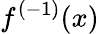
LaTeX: f^{(-1)}(x)